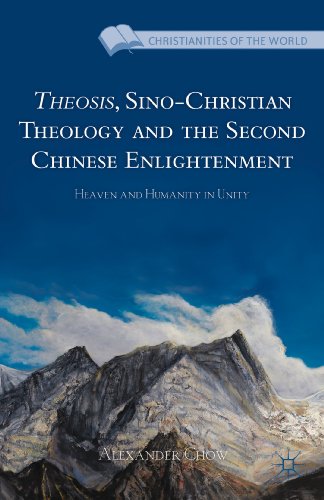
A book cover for Theosis, Sino-Christian Theology and the Second Chinese Enlightenment: Heaven and Humanity in Unity (Christianities of the World); Alexander Chow; Christian Books & Bibles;